Indian journal of veterinary science and animal husbandry - Volumes 24-25, 1954-1955
Year: 1954
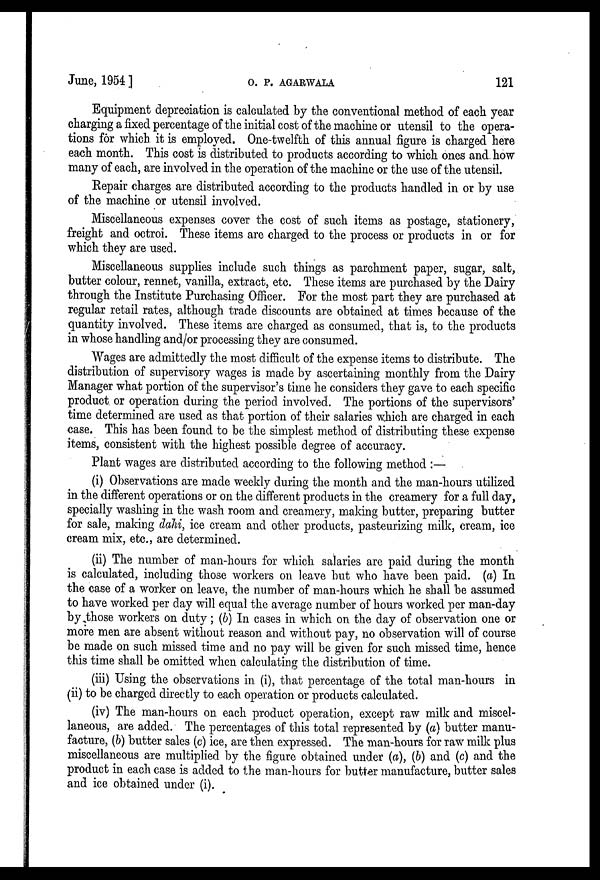
June, 1954]
O.
P.
AGARWALA
121
Equipment depreciation is calculated by the conventional method of each year
charging a fixed percentage of the initial cost of the machine or utensil to the opera-
tions for which it is employed. One-twelfth of this annual figure is charged here
each month. This cost is distributed to products according to which ones and. how
many of each, are involved in the operation of the machine or the use of the utensil.
Repair charges are distributed according to the products handled in or by use
of the machine or utensil involved.
Miscellaneous expenses cover the cost of such items as postage, stationery,
freight and octroi. These items are charged to the process or products in or for
which they are used.
Miscellaneous supplies include such things as parchment paper, sugar, salt,
butter colour, rennet, vanilla, extract, etc. These items are purchased by the Dairy
through the Institute Purchasing Officer. For the most part they are purchased at
regular retail rates, although trade discounts are obtained at times because of the
quantity involved. These items are charged as consumed, that is, to the products
in whose handling and/or processing they are consumed.
Wages are admittedly the most difficult of the expense items to distribute. The
distribution of supervisory wages is made by ascertaining monthly from the Dairy
Manager what portion of the supervisor's time he considers they gave to each specific
product or operation during the period involved. The portions of the supervisors'
time determined are used as that portion of their salaries which are charged in each
case. This has been found to be the simplest method of distributing these expense
items, consistent with the highest possible degree of accuracy.
Plant wages are distributed according to the following method:—
(i) Observations are made weekly during the month and the man-hours utilized
in the different operations or on the different products in the creamery for a full day,
specially washing in the wash room and creamery, making butter, preparing butter
for sale, making dahi, ice cream and other products, pasteurizing milk, cream, ice
cream mix, etc., are determined.
(ii) The number of man-hours for which salaries are paid during the month
is calculated, including those workers on leave but who have been paid. (a) In
the case of a worker on leave, the number of man-hours which he shall be assumed
to have worked per day will equal the average number of hours worked per man-day
by those workers on duty; (b) In cases in which on the day of observation one or
more men are absent without reason and without pay, no observation will of course
be made on such missed time and no pay will be given for such missed time, hence
this time shall be omitted when calculating the distribution of time.
(iii) Using the observations in (i), that percentage of the total man-hours in
(ii) to be charged directly to each operation or products calculated.
(iv) The man-hours on each product operation, except raw milk and miscel-
laneous, are added. The percentages of this total represented by (a) butter manu-
facture, (b) butter sales (c) ice, are then expressed. The man-hours for raw milk plus
miscellaneous are multiplied by the figure obtained under (a), (b) and (c) and the
product in each case is added to the man-hours for butter manufacture, butter sales
and ice obtained under (i).